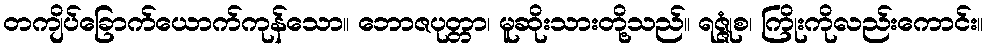
တကျိပ်ခြောက်ယောက်ကုန်သော။ ဘောဇပုတ္တာ၊ မူဆိုးသားတို့သည်။ ရဇ္ဇုံစ၊ ကြိုးကိုလည်းကောင်း။